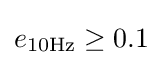
e_{\rm {10Hz}}\geq 0.1